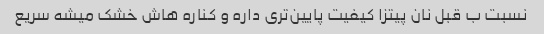
نسبت ب قبل نان پیتزا کیفیت پایین‌تری داره و کناره هاش خشک میشه سریع